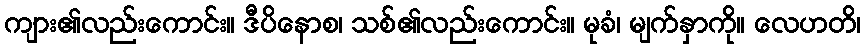
ကျား၏လည်းကောင်း။ ဒီပိနောစ၊ သစ်၏လည်းကောင်း။ မုခံ၊ မျက်နှာကို။ လေဟတိ၊